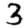
Digit: 3